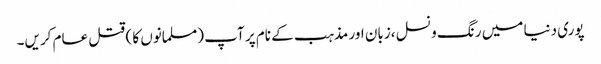
پوری دنیا میں رنگ و نسل ،زبان اور مذہب کے نام پر آپ (مسلمانوں کا ) قتل عام کریں۔